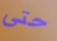
حتى